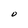
Character: O